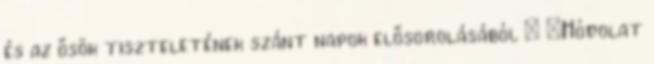
és az ősök tiszteletének szánt napok elősorolásából  «Hódolat